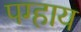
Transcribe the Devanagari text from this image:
पग्हाय